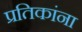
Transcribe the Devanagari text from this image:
प्रतिकांना